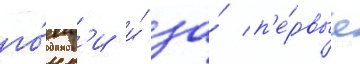
го́нк'и и́ за́ п'е́рвые